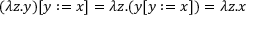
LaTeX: ( \lambda z . y ) [ y : = x ] = \lambda z . ( y [ y : = x ] ) = \lambda z . x